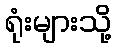
ရုံးများသို့